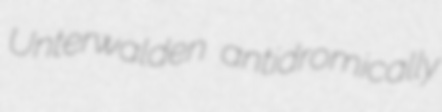
Unterwalden antidromically